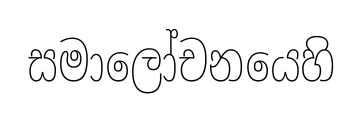
සමාලෝචනයෙහි